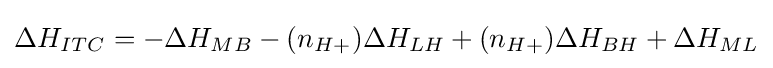
\Delta H_{ITC}=-\Delta H_{MB}-(n_{H+})\Delta H_{LH}+(n_{H+})\Delta H_{BH}+\Delta H_{ML}